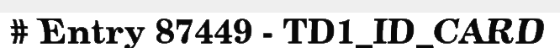
# Entry 87449 - TD1_ID_CARD